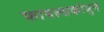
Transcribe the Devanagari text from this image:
फायल्सकोमुने